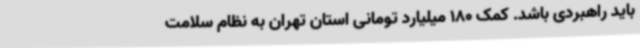
باید راهبردی باشد. کمک 180 میلیارد تومانی استان تهران به نظام سلامت